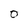
Character: O